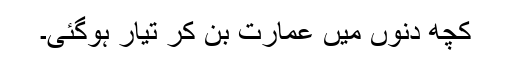
کچھ دنوں میں عمارت بن کر تیار ہوگئی۔